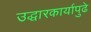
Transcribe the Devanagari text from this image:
उद्धारकार्यापुढे